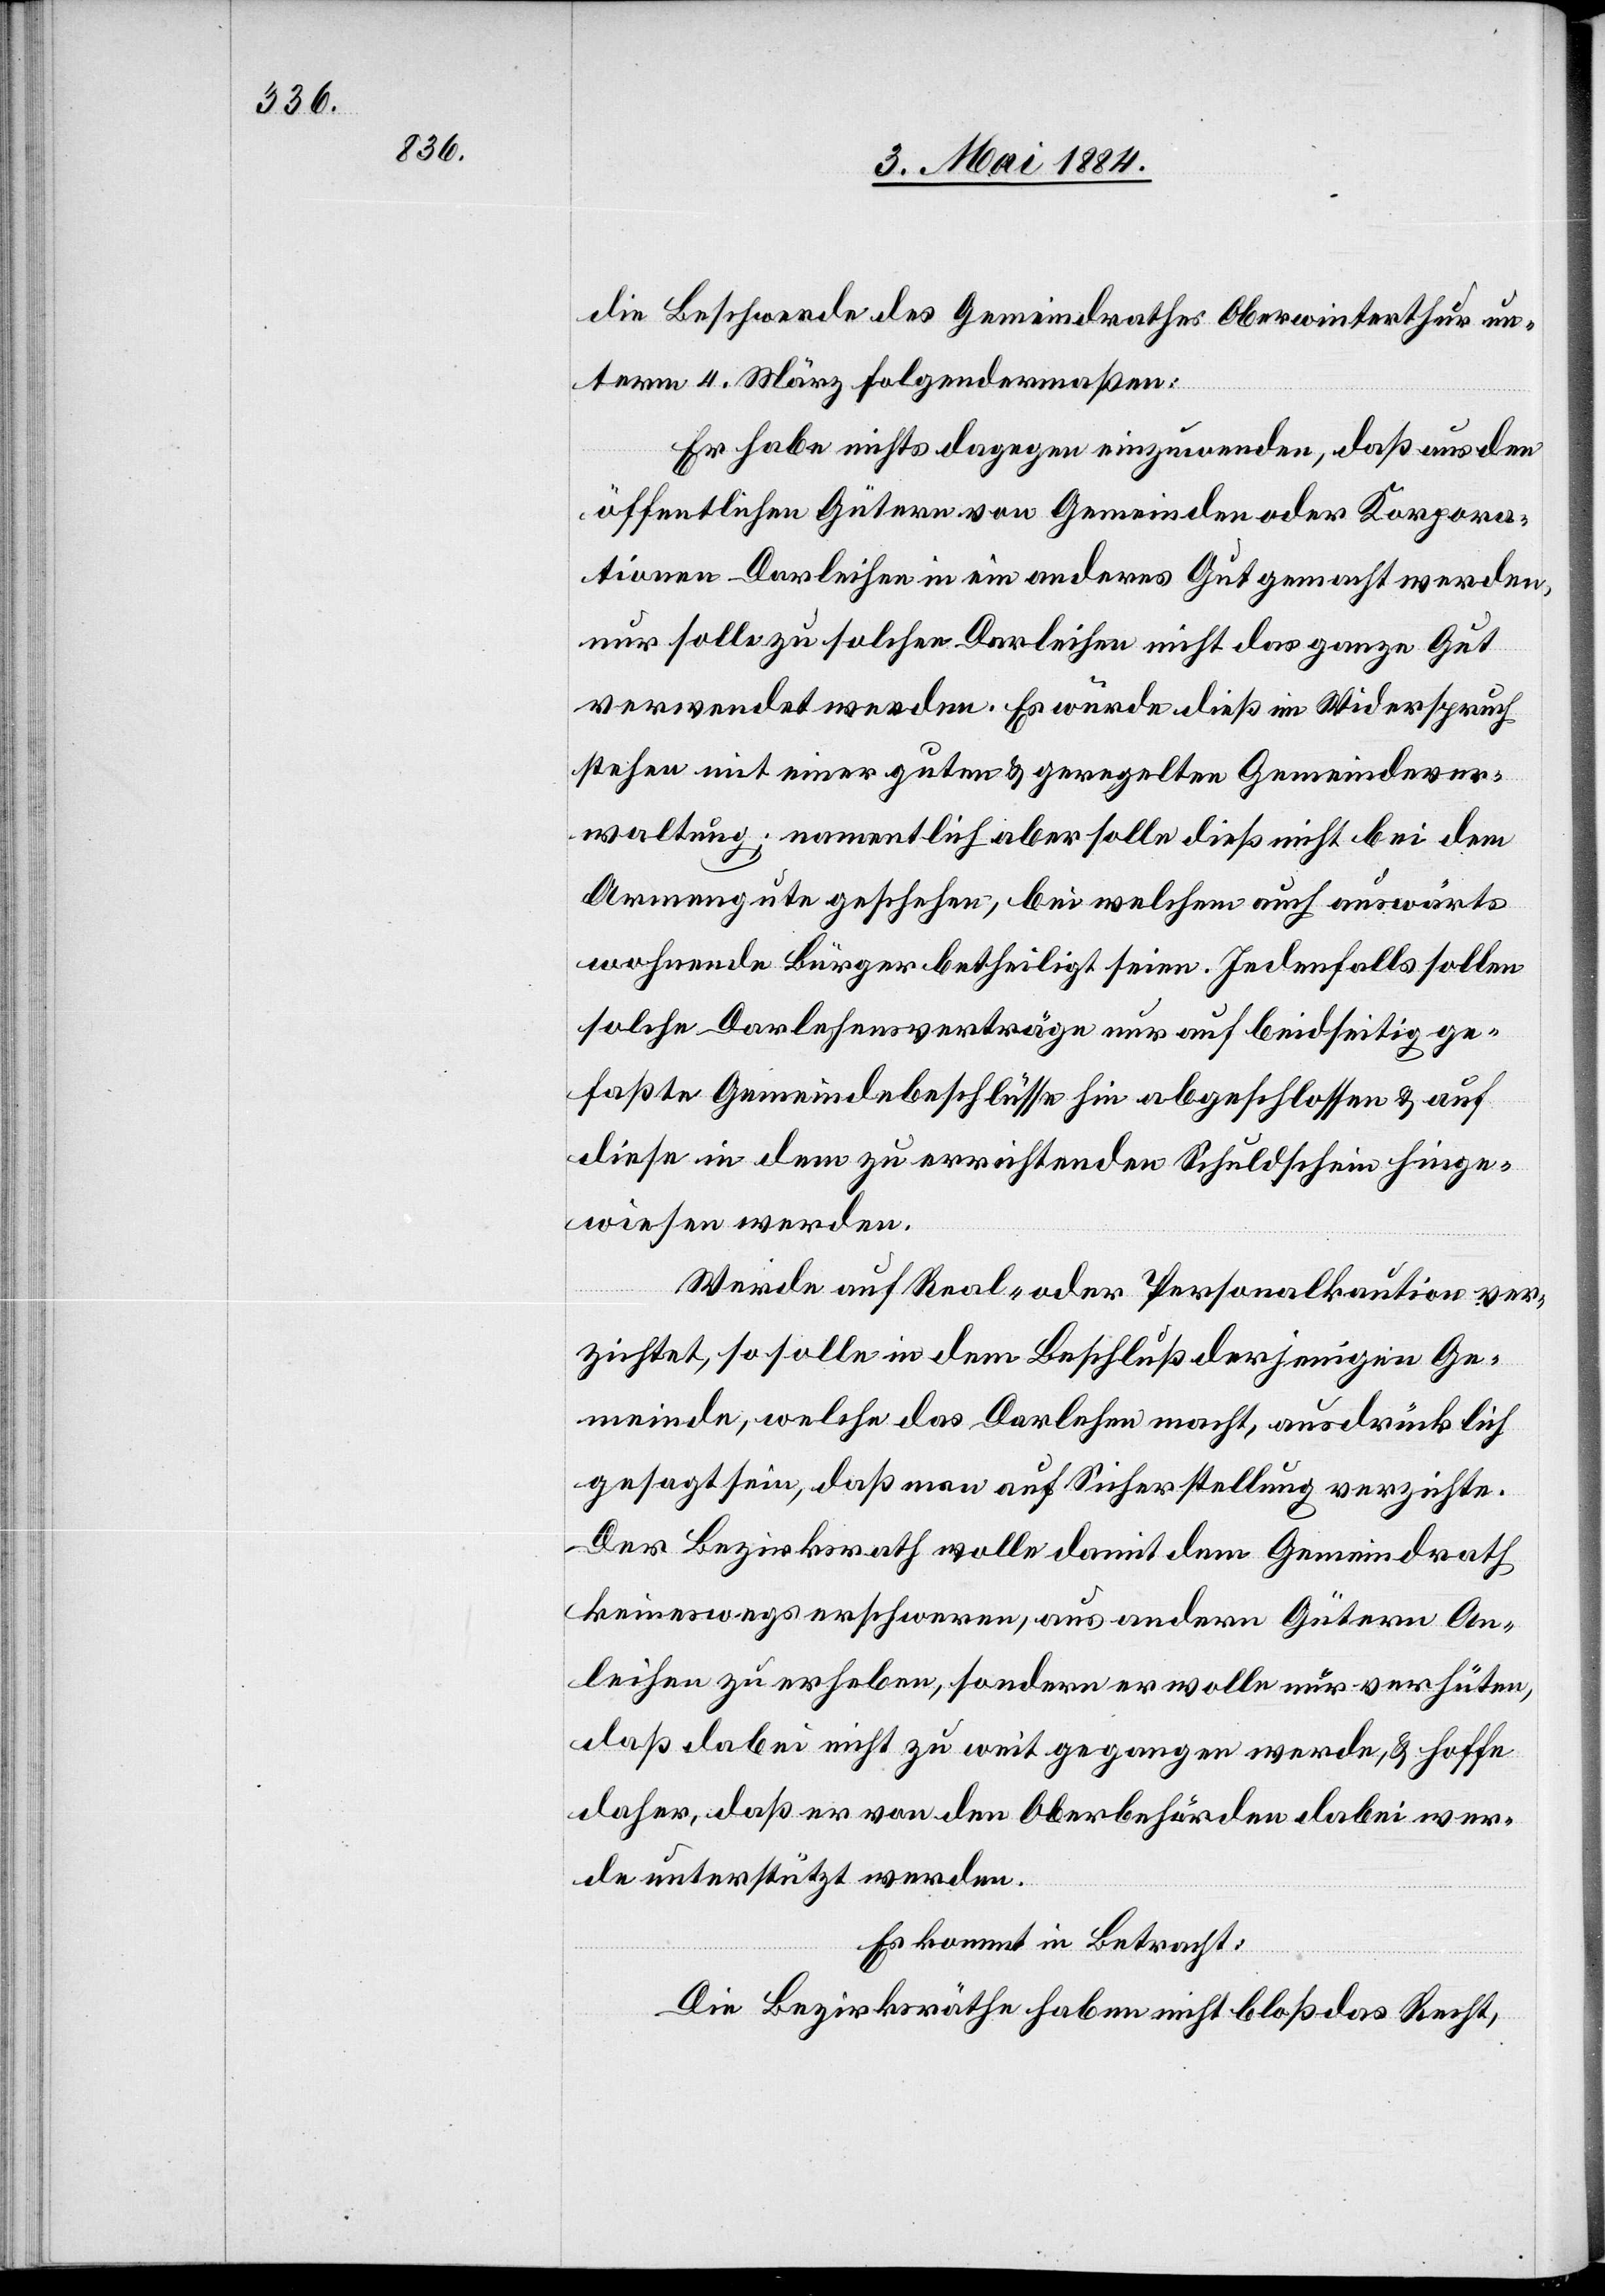
die Beschwerde des Gemeindrathes Oberwinterthur un¬
term 4. März folgendermaßen:
Er habe nichts dagegen einzuwenden, daß aus den
öffentlichen Gütern von Gemeinden oder Korpora¬
tionen Darleihen in ein anderes Gut gemacht werden,
nur solle zu solchen Darleihen nicht das ganze Gut
verwendet werden. Es würde dieß im Widerspruch
stehen mit einer guten & geregelten Gemeindever¬
waltung; namentlich aber solle dieß nicht bei dem
Armengute geschehen, bei welchem auch auswärts
wohnende Bürger betheiligt seien. Jedenfalls sollen
solche Darlehensverträge nur auf beidseitig ge¬
faßte Gemeindebeschlüsse hin abgeschlossen & auf
diese in dem zu errichtenden Schuldschein hinge¬
wiesen werden.
Werde auf Real- oder Personalkaution ver¬
zichtet, so solle in dem Beschluß derjenigen Ge¬
meinde, welche das Darlehen macht, ausdrücklich
gesagt sein, daß man auf Sicherstellung verzichte.
Der Bezirksrath wolle damit dem Gemeindrath
keineswegs erschweren, aus andern Gütern An¬
leihen zu erheben, sondern er wolle nur verhüten,
daß dabei nicht zu weit gegangen werde, & hoffe
daher, daß er von den Oberbehörden dabei wer¬
de unterstützt werden.
Es kommt in Betracht:
Die Bezirksräthe haben nicht bloß das Recht,